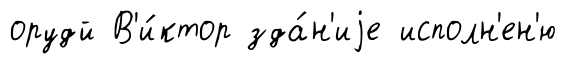
орудй В'и́ктор зда́н'иjе исполн'ен'ю